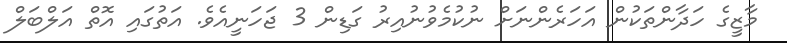
މާޒީގެ ހަދާންތަކުން އަހަރެންނަށް ނުކުމެވުނުއިރު ގަޑިން 3 ޖަހަނީއެވެ. އަތުގައި އޮތް އަލްބަލް